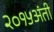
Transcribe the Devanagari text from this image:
२०१५अंती